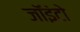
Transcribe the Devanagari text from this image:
जॉइंटो